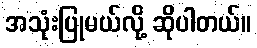
အသုံးပြုမယ်လို့ ဆိုပါတယ်။